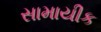
સામાયીક